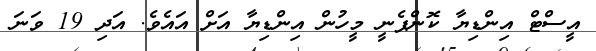
އީސްޓް އިންޑިޔާ ކޮންޕެނީ މީހުން އިންޑިޔާ އަށް އައެވެ. އަދި 19 ވަނަ